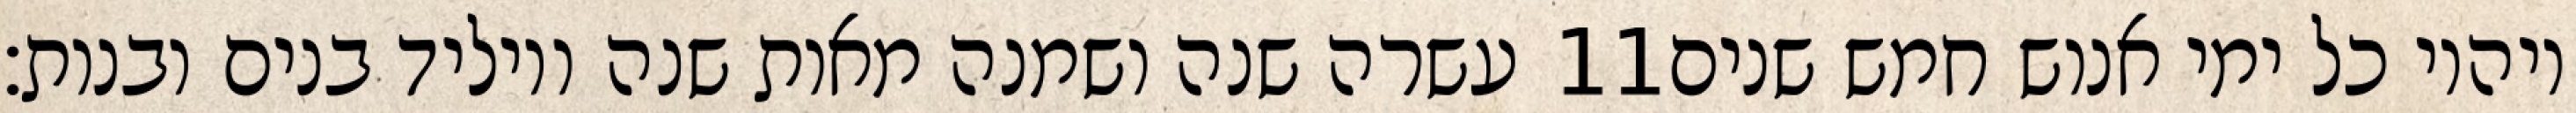
עשרה שנה ושמנה מאות שנה ויוליד בנים ובנות׃ ‎11‏ ויהיו כל ימי אנוש חמש שנים